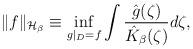
LaTeX: \begin{align*}\|f\|_{\mathcal H_\beta}\equiv \inf_{g|_D=f}\int \frac{\hat g(\zeta)}{\hat K_\beta(\zeta)}d\zeta,\end{align*}